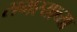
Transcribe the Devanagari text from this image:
समस्याच्या